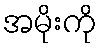
အမိုးကို